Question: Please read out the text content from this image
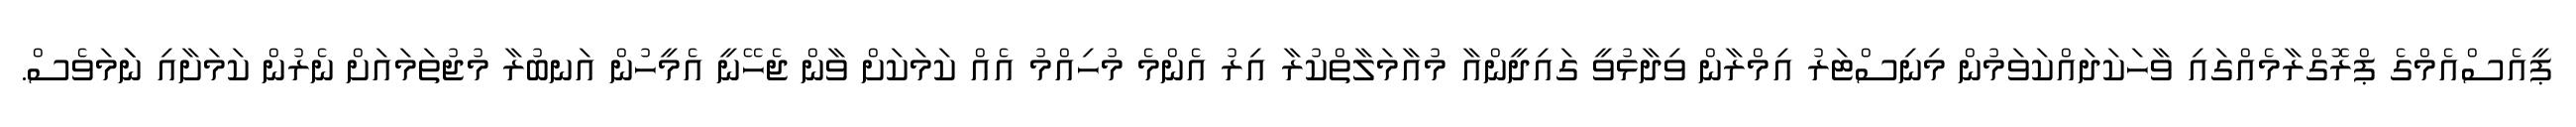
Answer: ޕީއެސްއެމްގެ ޕްރޮގްރާމެއްގައި ވާހަކަދައްކަވަމުން މިނިސްޓަރު އިމްރާން ވިދާޅުވީ ގައިދީންއާ މުއާމަލާތްކުރާ އިރު އެންމެ މުހިއްމު އެއް ކަމަކަށް ވާން ޖެހޭނީ އެމީހުން އަނބުރާ މުޖުތަމައަށް ނެރުން ކަމަށާއި ނަަމަވެސް.